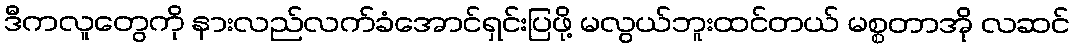
ဒီကလူတွေကို နားလည်လက်ခံအောင်ရှင်းပြဖို့ မလွယ်ဘူးထင်တယ် မစ္စတာအို လဆင်